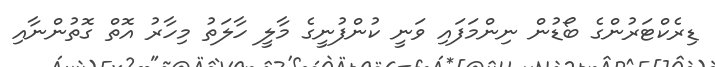
ޑިރެކްޓަރުންގެ ބޯޑުން ނިންމަފައި ވަނީ ކުންފުނީގެ މާލީ ހާލަތު މިހާރު އޮތް ގޮތުންނާއި